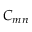
C _ { m n }